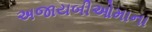
અજાયબીઓમાના